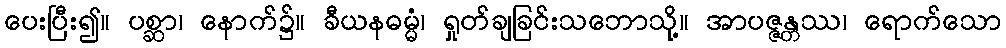
ပေးပြီး၍။ ပစ္ဆာ၊ နောက်၌။ ခီယနဓမ္မံ၊ ရှုတ်ချခြင်းသဘောသို့။ အာပဇ္ဇန္တဿ၊ ရောက်သော